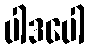
ပါဒပေါ